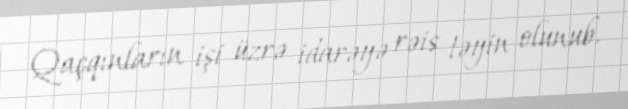
Qaçqınların işi üzrə idarəyə rəis təyin olunub.